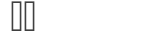
٤٧